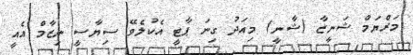
މަރްޔަމް ޝަނީޒާ (ޝާނީ) މިއަދު ގިނަ ޕާޓީ އެކުލެވޭ ސިޔާސީ ނިޒާމް އެއީ